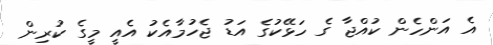
އެ އަންހެން ކުއްޖާ ގެ ހަޅޭކުގެ އަޑު ޖެހުމާއެކު އެއީ މީގެ ކުރިން